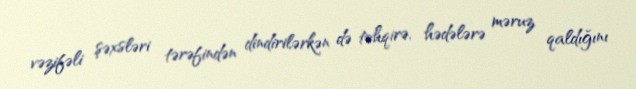
vəzifəli şəxsləri tərəfindən dindirilərkən də təhqirə, hədələrə məruz qaldığını